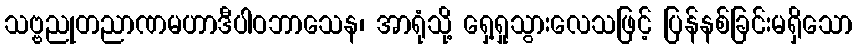
သဗ္ဗညုတညာဏမဟာဒီပါဝဘာသေန၊ အာရုံသို့ ရှေ့ရှုသွားလေသဖြင့် ပြန်နစ်ခြင်းမရှိသော